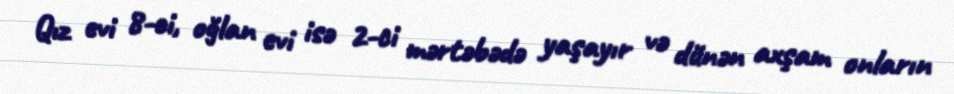
Qız evi 8-ci, oğlan evi isə 2-ci mərtəbədə yaşayır və dünən axşam onların